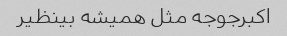
اکبرجوجه مثل همیشه بینظیر